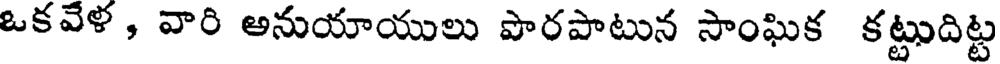
ఒకవేళ , వారి అనుయాయులు పొరపాటున సాంఘిక కట్టుదిట్ట